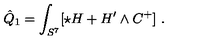
\hat { Q } _ { 1 } = \int _ { S ^ { 7 } } [ \star H + H ^ { \prime } \wedge C ^ { + } ] \ .